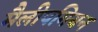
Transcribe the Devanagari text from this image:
मैलीपगियन